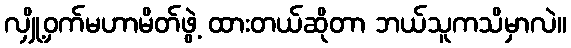
လျှို့ဝှက်မဟာမိတ်ဖွဲ့ ထားတယ်ဆိုတာ ဘယ်သူကသိမှာလဲ။